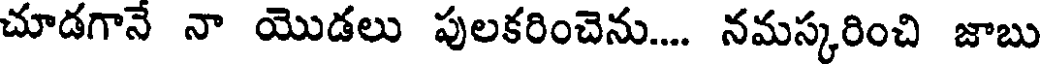
చూడగానే నా యొడలు పులకరించెను.... నమస్కరించి జాబు